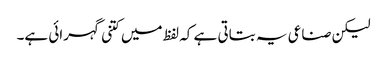
لیکن صناعی یہ بتاتی ہے کہ لفظ میں کتنی گہرائی ہے۔